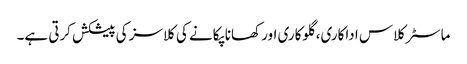
ماسٹر کلاس اداکاری، گلوکاری اور کھانا پکانے کی کلاسز کی پیشکش کرتی ہے۔